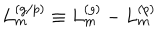
LaTeX: L _ { m } ^ { ( g / p ) } \equiv L _ { m } ^ { ( g ) } - L _ { m } ^ { ( p ) }